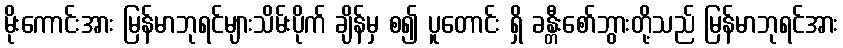
မိုးကောင်းအား မြန်မာဘုရင်များသိမ်းပိုက် ချိန်မှ စ၍ ပူတောင်း ရှိ ခန္တီးစော်ဘွားတို့သည် မြန်မာဘုရင်အား